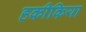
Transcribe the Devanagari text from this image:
हकीकिया